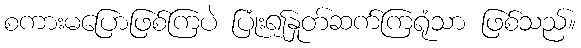
စကားမပြောဖြစ်ကြပဲ ပြုံး၍နှုတ်ဆက်ကြရုံသာ ဖြစ်သည်။